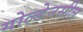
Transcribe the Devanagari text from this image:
गोल्डेनसील